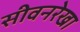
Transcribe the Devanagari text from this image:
सीवनरेखा